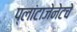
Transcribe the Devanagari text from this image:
प्लांटाजेनेटचे